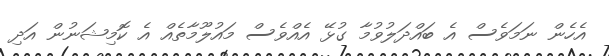
އެހެން ނަމަވެސް އެ ބައްދަލުވުމާ ގުޅޭ އެއްވެސް މައުލޫމާތެއް އެ ކޮމިޝަނުން އަދި